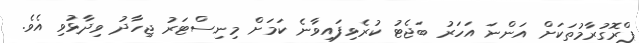
ޕްރޮގުރާމުތަކަށް އަންނަ އަހަރު ބަޖެޓު ކުރެވިފައިވާނެ ކަމަށް މިނިސްޓަރު ޖިހާދު ވިދާޅުވި އެވެ.